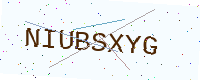
Text: NIUBSXYG